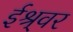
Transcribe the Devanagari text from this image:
ईश्र्वर